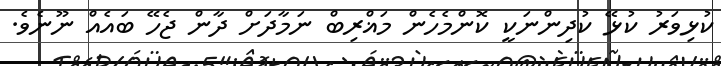
ކުޅިވަރު ކުޅޭ ކުދިންނަކީ ކޮންމެހެން މަޣްރިބް ނަމާދަށް ދާން ޖެހޭ ބައެއް ނޫނެވެ.